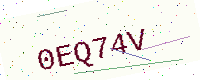
Text: 0EQ74V